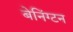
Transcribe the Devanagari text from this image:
बेनिंग्टन